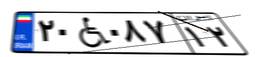
۲۰W۰۸۷۱۲